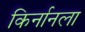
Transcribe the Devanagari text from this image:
किर्नानला